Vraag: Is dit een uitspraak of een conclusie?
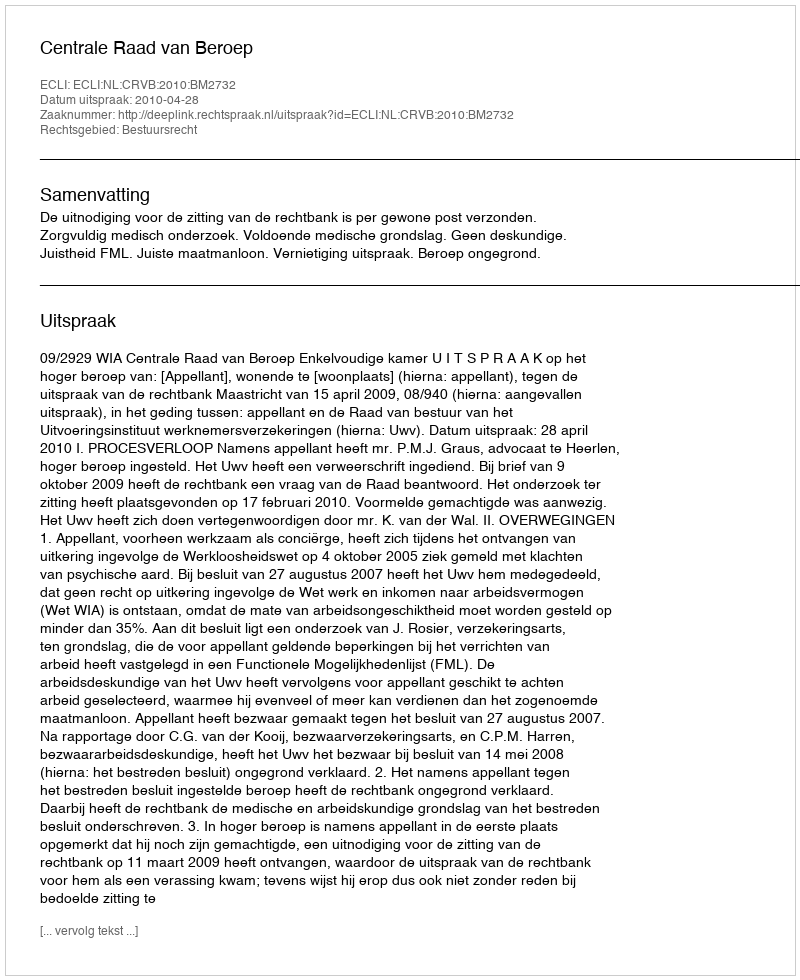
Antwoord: Uitspraak